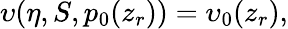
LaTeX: \upsilon(\eta,S,p_{0}(z_{r}))=\upsilon_{0}(z_{r}),